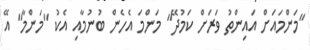
"މަންމައަށް އައިންތު ވަރަށް ކަމުދޭ" މަންމަ އެހެން ބުނުމާއި އެކު "މަންްމާ" އޭ